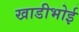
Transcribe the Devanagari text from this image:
खाडीभोई